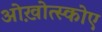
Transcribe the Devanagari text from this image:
ओख़ोत्स्कोए